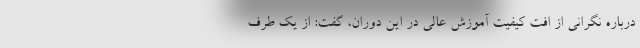
درباره نگرانی از افت کیفیت آموزش عالی در این دوران، گفت: از یک طرف